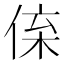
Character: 𠉪